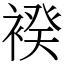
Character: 䙆